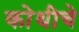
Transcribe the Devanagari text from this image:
कोथीचे